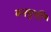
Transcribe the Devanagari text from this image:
बनमुर्गी